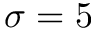
\sigma = 5